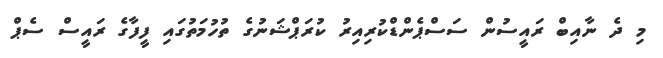
މި ދެ ނާއިބް ރައީސުން ސަސްޕެންޑްކުރިއިރު ކުރަޕްޝަނުގެ ތުހުމަތުގައި ފީފާގެ ރައީސް ސެޕް